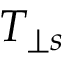
T _ { \perp s }